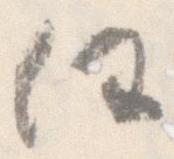
任